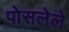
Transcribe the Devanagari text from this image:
पोसलेले